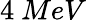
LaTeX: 4~MeV